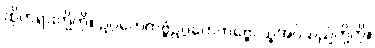
ထိုတရားတို့ကို။ ဥဂ္ဂဟေတဗ္ဗံဥဂ္ဂဟေတဗ္ဗေ၊ ယူအပ်သည်တို့ကို။